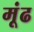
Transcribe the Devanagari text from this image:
मूंढ